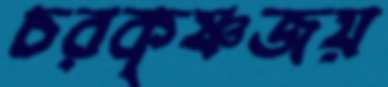
চরকৃষ্ণজয়